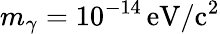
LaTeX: m_{\gamma}=10^{-14}\, \mathrm{eV/c^{2}}